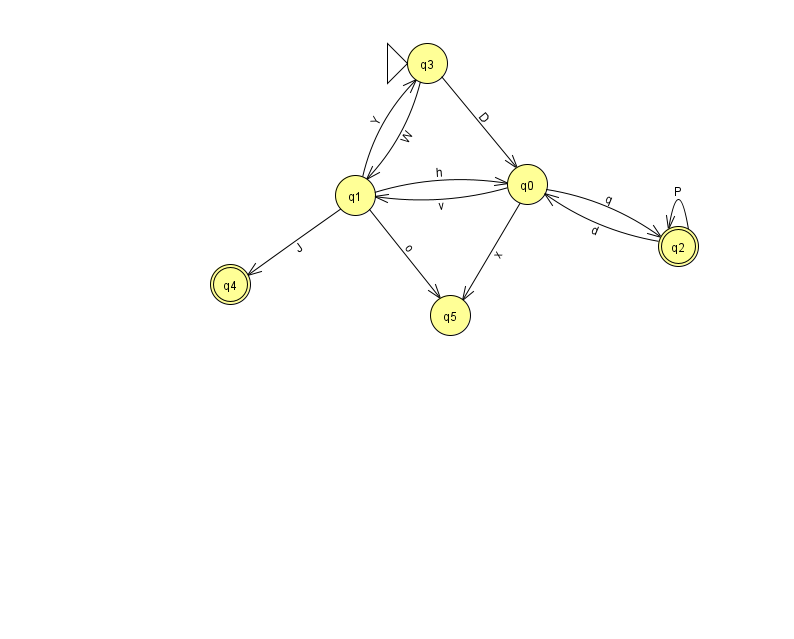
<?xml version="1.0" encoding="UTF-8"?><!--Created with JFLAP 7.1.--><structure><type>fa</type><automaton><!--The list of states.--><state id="0" name="q0"><x>527.0</x><y>171.0</y></state><state id="1" name="q1"><x>355.0</x><y>182.0</y></state><state id="2" name="q2"><x>678.0</x><y>233.0</y><final/></state><state id="3" name="q3"><x>427.0</x><y>50.0</y><initial/></state><state id="4" name="q4"><x>230.0</x><y>271.0</y><final/></state><state id="5" name="q5"><x>450.0</x><y>302.0</y></state><!--The list of transitions.--><transition><from>1</from><to>5</to><read>o</read></transition><transition><from>2</from><to>2</to><read>P</read></transition><transition><from>1</from><to>3</to><read>Y</read></transition><transition><from>0</from><to>1</to><read>v</read></transition><transition><from>0</from><to>5</to><read>x</read></transition><transition><from>0</from><to>2</to><read>q</read></transition><transition><from>1</from><to>0</to><read>h</read></transition><transition><from>2</from><to>0</to><read>d</read></transition><transition><from>3</from><to>1</to><read>W</read></transition><transition><from>3</from><to>0</to><read>D</read></transition><transition><from>1</from><to>4</to><read>J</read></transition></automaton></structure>